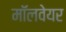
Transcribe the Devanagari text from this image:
मॉलवेयर